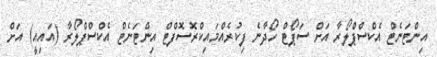
އިންޓަނެޓް އެކްސްޕްލޯރާ އަށް ސަޕޯޓް ހޯދާނެ ފިކުރެއްމައިކްރޮސޮފްޓް އިންޓަނެޓް އެކްސްޕްލޯރާ (އައިއީ) އަށް